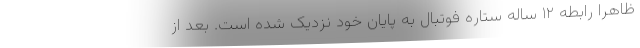
ظاهرا رابطه ۱۲ ساله ستاره فوتبال به پایان خود نزدیک شده است. بعد از